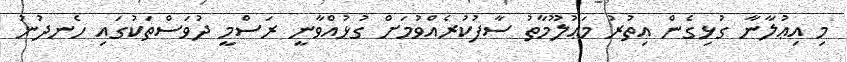
މި އިޢުލާނާ ގުޅިގެން އިތުރު މަޢުލޫމާތު ސާފުކުރެއްވުމަށް ގުޅުއްވާނީ ރަސްމީ ދުވަސްތަކުގައި ހެނދުނު